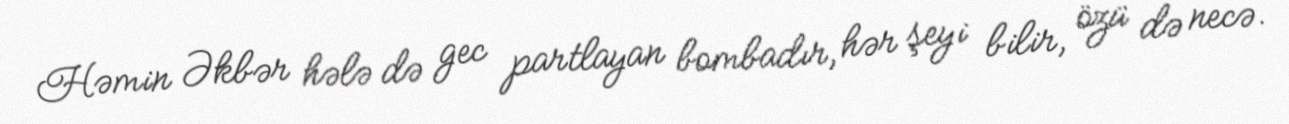
Həmin Əkbər hələ də gec partlayan bombadır, hər şeyi bilir, özü də necə.